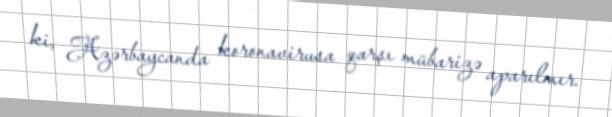
ki, Azərbaycanda koronavirusa qarşı mübarizə aparılmır.